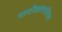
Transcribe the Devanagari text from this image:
मल्टीकल्चरलिज़म